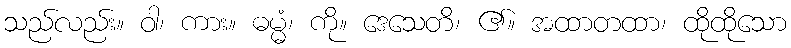
သည်လည်း။ ဝါ၊ ကား။ ဓမ္မံ၊ ကို။ ဒေသေတိ၊ ၏။ အထာတထာ၊ ထိုထိုသော